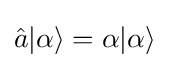
{\hat {a}}|\alpha \rangle =\alpha |\alpha \rangle ~